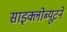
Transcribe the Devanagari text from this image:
साइक्लोब्यूटने